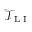
\mathcal { T } _ { \textrm { L I } }